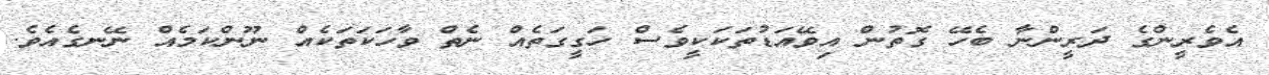
އެވެރީންގެ ދަރީންނާ ބެހޭ ގޮތުން އިވޭއަޑުތަކަކީވެސް ހަގީގަތެއް ނެތް ވާހަކަތަކެއް ނޫންކަމެއް ނޭނގެއެވެ.